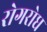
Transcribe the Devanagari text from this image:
रोगरोध